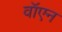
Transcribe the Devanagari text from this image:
वॉएन